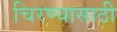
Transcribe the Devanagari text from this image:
चिरण्यासाठी